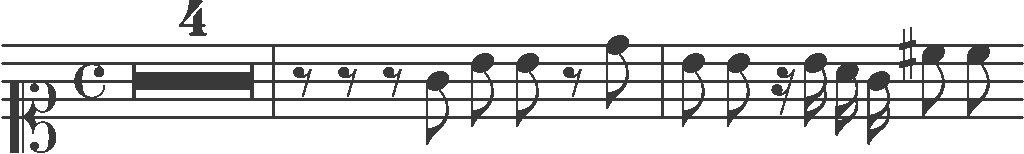
Transcription: clef-C1 timeSignature-C multirest-4 barline rest-eighth rest-eighth rest-eighth note-G4_eighth note-B4_eighth note-B4_eighth rest-eighth note-D5_eighth barline note-B4_eighth note-B4_eighth rest-sixteenth note-B4_sixteenth note-A4_sixteenth note-G4_sixteenth note-C#5_eighth note-C5_eighth